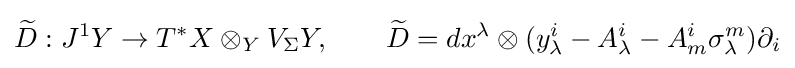
{\widetilde {D}}:J^{1}Y\to T^{*}X\otimes _{Y}V_{\Sigma }Y,\qquad {\widetilde {D}}=dx^{\lambda }\otimes (y_{\lambda }^{i}-A_{\lambda }^{i}-A_{m}^{i}\sigma _{\lambda }^{m})\partial _{i}